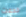
خدعت